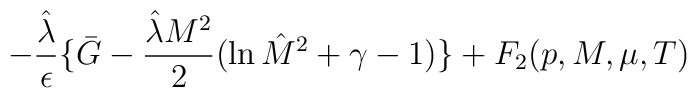
-{{\hat{\lambda}}\over \epsilon}\{ \bar{G} - {{\hat{\lambda}}M^2\over 2}(\ln{\hat{M}}^2 + \gamma - 1)\} + F_2{(p , M , \mu , T)}